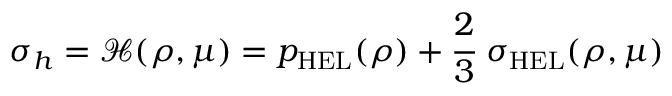
\sigma _ { h } = { \mathcal { H } } ( \rho , \mu ) = p _ { \mathrm { { H E L } } } ( \rho ) + { \cfrac { 2 } { 3 } } ~ \sigma _ { \mathrm { { H E L } } } ( \rho , \mu )